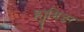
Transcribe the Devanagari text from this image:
ह्युमिडर